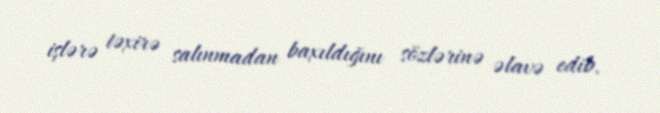
işlərə təxirə salınmadan baxıldığını sözlərinə əlavə edib.